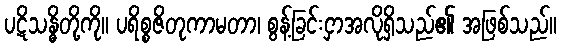
ပဋိသန္ဓိတို့ကို။ ပရိစ္စဇိတုကာမတာ၊ စွန့်ခြင်းငှာအလိုရှိသည်၏ အဖြစ်သည်။